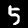
Digit: 5